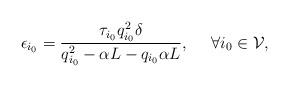
LaTeX: \begin{align*}\epsilon_{i_0}=\frac{\tau_{i_0} q_{i_0}^2\delta}{q_{i_0}^2-\alpha L-q_{i_0}\alpha L},~~~~\forall i_0\in\mathcal{V},\end{align*}